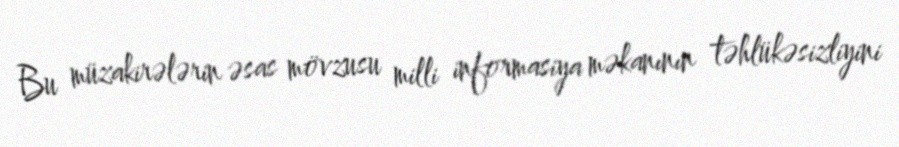
Bu müzakirələrin əsas mövzusu milli informasiya məkanının təhlükəsizliyini